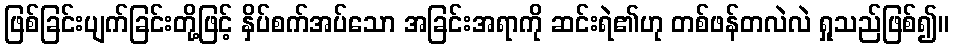
ဖြစ်ခြင်းပျက်ခြင်းတို့ဖြင့် နှိပ်စက်အပ်သော အခြင်းအရာကို ဆင်းရဲ၏ဟု တစ်ဖန်တလဲလဲ ရှုသည်ဖြစ်၍။